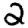
Digit: 2